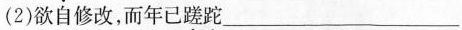
(2)欲自修改，而年已\underset{·}{蹉}\underset{·}{跎}___